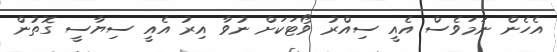
އެހެން ނަމަވެސް އެއީ ސިއްރު ވޯޓަކަށް ނުވާ އިރު އެއީ ސިޔާސީ ގޮތުން